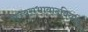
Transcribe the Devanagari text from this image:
राज्यसभावादविवाद